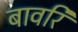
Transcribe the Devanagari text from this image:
बावरि